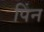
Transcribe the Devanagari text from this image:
पिंन